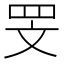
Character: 𮲖